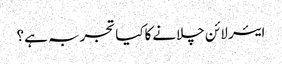
ایئر لائن چلانےکاکیا تجربہ ہے؟